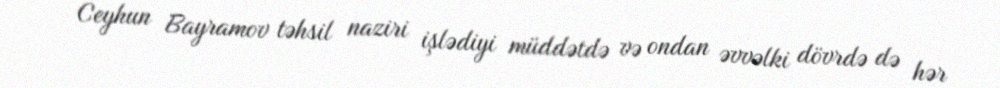
Ceyhun Bayramov təhsil naziri işlədiyi müddətdə və ondan əvvəlki dövrdə də hər